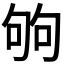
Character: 𠣪